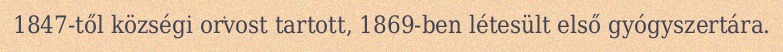
1847-től községi orvost tartott, 1869-ben létesült első gyógyszertára.